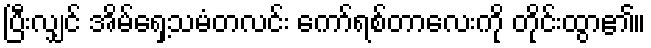
ပြီးလျှင် အိမ်ရှေ့သမံတလင်း ကော်ရစ်တာလေးကို တိုင်းထွာ၏။